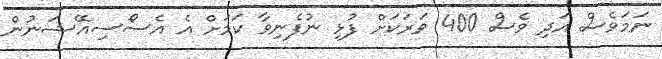
ނަމަވެސް އަދި ވެސް 400 ވަރަކަށް ފުޅި ނުފެނިވާ ކަމަށް އެ އެސޯސިއޭޝަނުން